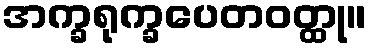
အက္ခရုက္ခပေတဝတ္ထု။